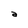
Character: a